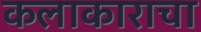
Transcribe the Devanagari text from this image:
कलाकाराचा